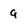
Character: 9